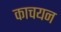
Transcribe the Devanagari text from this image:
काचयन